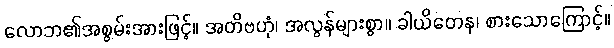
လောဘ၏အစွမ်းအားဖြင့်။ အတိဗဟုံ၊ အလွန်များစွာ။ ခါယိတေန၊ စားသောကြောင့်။